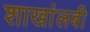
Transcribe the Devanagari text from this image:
शाखांलबी